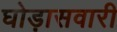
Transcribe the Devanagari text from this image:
घोड़ासवारी